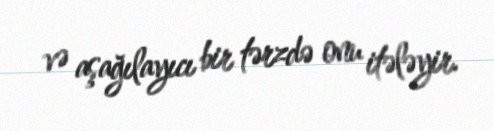
və aşağılayıcı bir tərzdə onu itələyir.